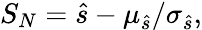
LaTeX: S_{N}=\hat{s}-\mu_{\hat{s}}/\sigma_{\hat{s}},